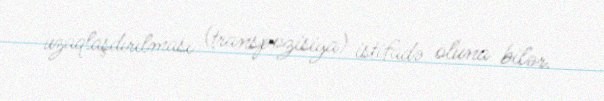
uzaqlaşdırılması (transpozisiya) istifadə oluna bilər.